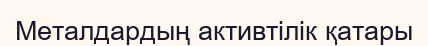
Металдардың активтілік қатары